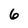
Character: 6